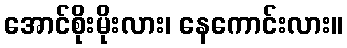
အောင်စိုးမိုးလား၊ နေကောင်းလား။